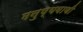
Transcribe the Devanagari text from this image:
मनुष्यवाणी